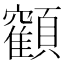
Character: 𩕥